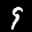
Label: 9